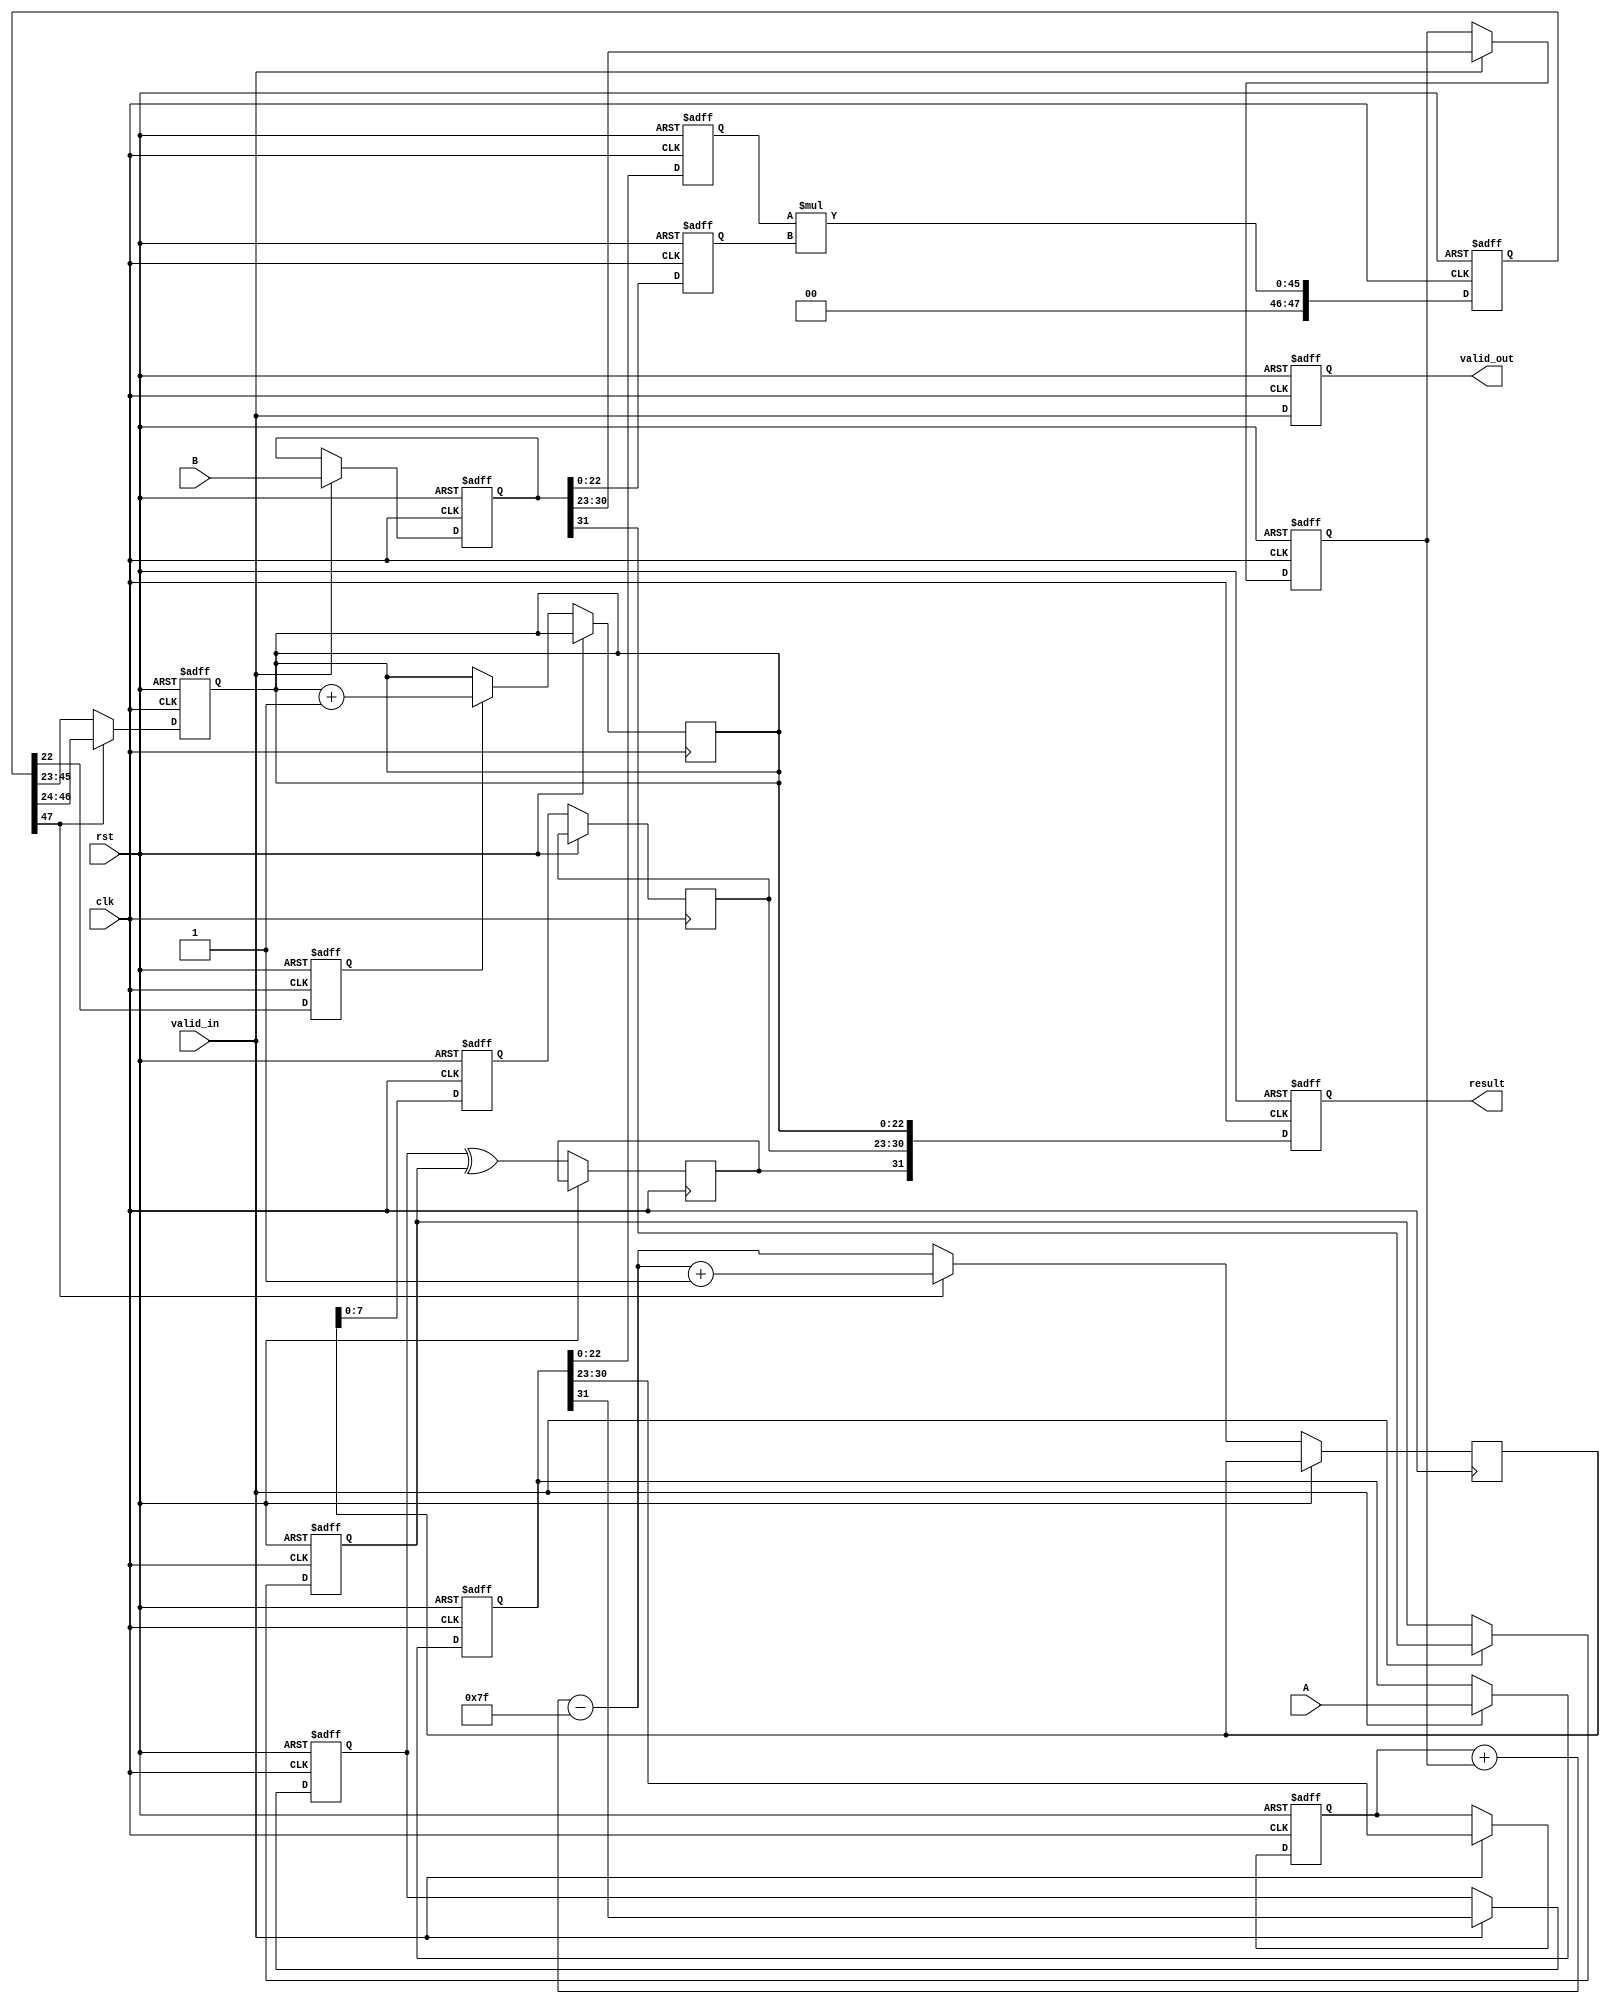
module pipelined_fp_multiplier (
    input clk,
    input rst,
    input valid_in,
    input [31:0] A, // Input floating-point number A
    input [31:0] B, // Input floating-point number B
    output reg valid_out,
    output reg [31:0] result // Output floating-point result
);

// Pipeline registers
reg [31:0] A_reg, B_reg; // Stage 1
reg sign_A, sign_B, sign_result;
reg [7:0] exponent_A, exponent_B, exponent_result;
reg [22:0] mantissa_A, mantissa_B, mantissa_result;
reg [47:0] mantissa_mult; // 23 + 23 bits for mantissa multiplication
reg [8:0] exponent_temp; // Temporary exponent for normalization
reg [22:0] mantissa_normalized;
reg [7:0] exponent_normalized;
reg rounding_bit;

// Stage 1: Input Preparation
always @(posedge clk or posedge rst) begin
    if (rst) begin
        A_reg <= 32'b0;
        B_reg <= 32'b0;
    end else if (valid_in) begin
        A_reg <= A;
        B_reg <= B;
    end
end

// Stage 2: Sign and Exponent Calculation
always @(posedge clk or posedge rst) begin
    if (rst) begin
        sign_A <= 1'b0;
        sign_B <= 1'b0;
        exponent_A <= 8'b0;
        exponent_B <= 8'b0;
    end else if (valid_in) begin
        sign_A <= A_reg[31];
        sign_B <= B_reg[31];
        exponent_A <= A_reg[30:23];
        exponent_B <= B_reg[30:23];
    end
end

// Stage 3: Mantissa Multiplication
always @(posedge clk or posedge rst) begin
    if (rst) begin
        mantissa_A <= 23'b0;
        mantissa_B <= 23'b0;
        mantissa_mult <= 48'b0;
    end else begin
        mantissa_A <= {1'b1, A_reg[22:0]}; // Include implicit leading 1
        mantissa_B <= {1'b1, B_reg[22:0]}; // Include implicit leading 1
        mantissa_mult <= mantissa_A * mantissa_B;
    end
end

// Stage 4: Normalization
always @(posedge clk or posedge rst) begin
    if (rst) begin
        mantissa_normalized <= 23'b0;
        exponent_normalized <= 8'b0;
    end else begin
        if (mantissa_mult[47]) begin // If overflow, shift right
            mantissa_normalized <= mantissa_mult[46:24]; // Keep 23 bits
            exponent_temp <= exponent_A + exponent_B - 8'd127 + 1; // Adjust exponent
        end else begin
            mantissa_normalized <= mantissa_mult[45:23]; // Keep 23 bits
            exponent_temp <= exponent_A + exponent_B - 8'd127; // Adjust exponent
        end
        exponent_normalized <= exponent_temp[7:0];
    end
end

// Stage 5: Rounding
always @(posedge clk or posedge rst) begin
    if (rst) begin
        rounding_bit <= 1'b0;
    end else begin
        rounding_bit <= mantissa_mult[22]; // Check LSB for rounding
    end
end

// Stage 6: Output Preparation
always @(posedge clk or posedge rst) begin
    if (rst) begin
        valid_out <= 1'b0;
        result <= 32'b0;
    end else begin
        sign_result <= sign_A ^ sign_B; // XOR for sign
        exponent_result <= exponent_normalized; // Final exponent
        // Handle rounding
        if (rounding_bit) begin
            mantissa_normalized <= mantissa_normalized + 1; // Simple rounding
        end
        result <= {sign_result, exponent_result, mantissa_normalized}; // Assemble result
        valid_out <= valid_in; // Indicate output is valid
    end
end

endmodule